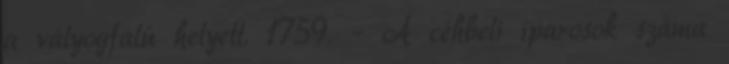
a vályogfalú helyett. 1759. – A céhbeli iparosok száma